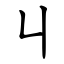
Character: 丩